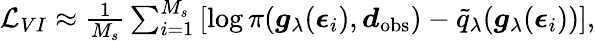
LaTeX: \begin{array}{r}{\mathcal{L}_{VI}\approx\frac{1}{M_{s}}\sum_{i=1}^{M_{s}}\left[\log\pi(\boldsymbol{g}_{\mathbf{\lambda}}(\boldsymbol{\epsilon}_{i}),\boldsymbol{d}_{\mathrm{obs}})-\tilde{q}_{\mathbf{\lambda}}(\boldsymbol{g}_{\mathbf{\lambda}}(\boldsymbol{\epsilon}_{i}))\right],}\end{array}